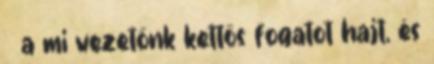
a mi vezetőnk kettős fogatot hajt, és